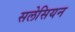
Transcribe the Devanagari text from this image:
सलेसियन